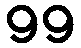
99